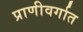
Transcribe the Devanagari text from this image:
प्राणीवर्गात